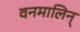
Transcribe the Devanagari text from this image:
वनमालिन्